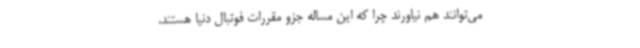
می‌توانند هم نیاورند چرا که این مساله جزو مقررات فوتبال دنیا هستند.